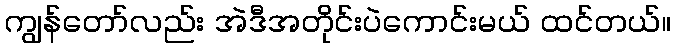
ကျွန်တော်လည်း အဲဒီအတိုင်းပဲကောင်းမယ် ထင်တယ်။